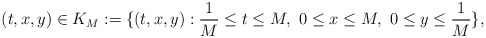
\begin{align*}(t,x,y)\in K_{M}:=\{(t,x,y): \frac{1}{M} \leq t\leq M, \ 0\leq x\leq M, \ 0\leq y \leq\frac{1}{M}\},\end{align*}